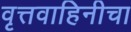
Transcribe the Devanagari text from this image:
वृत्तवाहिनीचा